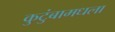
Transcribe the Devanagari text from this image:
कुटुंबामधला